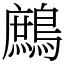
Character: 鷓